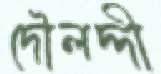
দৌলদ্দী